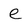
Character: e